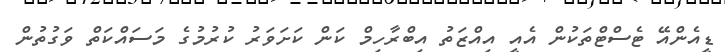
ޑީއެންއޭ ޓެސްޓްތަކުން އެއީ އިއްޒަތު އިބްރާހިމް ކަން ކަށަވަރު ކުރުމުގެ މަސައްކަތް ވަގުތުން